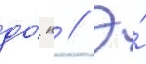
до́ н // Э́